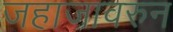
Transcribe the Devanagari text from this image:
जहाजावरुन